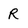
Character: R